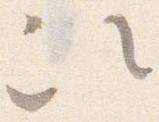
次